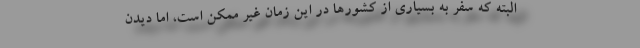
البته که سفر به بسیاری از کشور‌ها در این زمان غیر ممکن است، اما دیدن